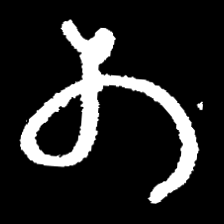
Pyu character \u2014 Myanmar letter: တ (romanized: ta)